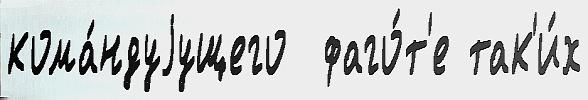
кома́ндуjущего  фаго́т'е так'и́х